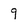
Character: 9